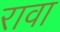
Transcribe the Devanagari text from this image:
रावा